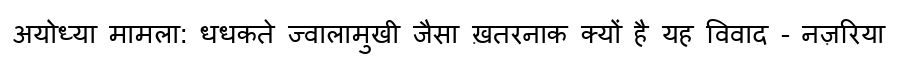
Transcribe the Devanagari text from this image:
अयोध्या मामला: धधकते ज्वालामुखी जैसा ख़तरनाक क्यों है यह विवाद - नज़रिया